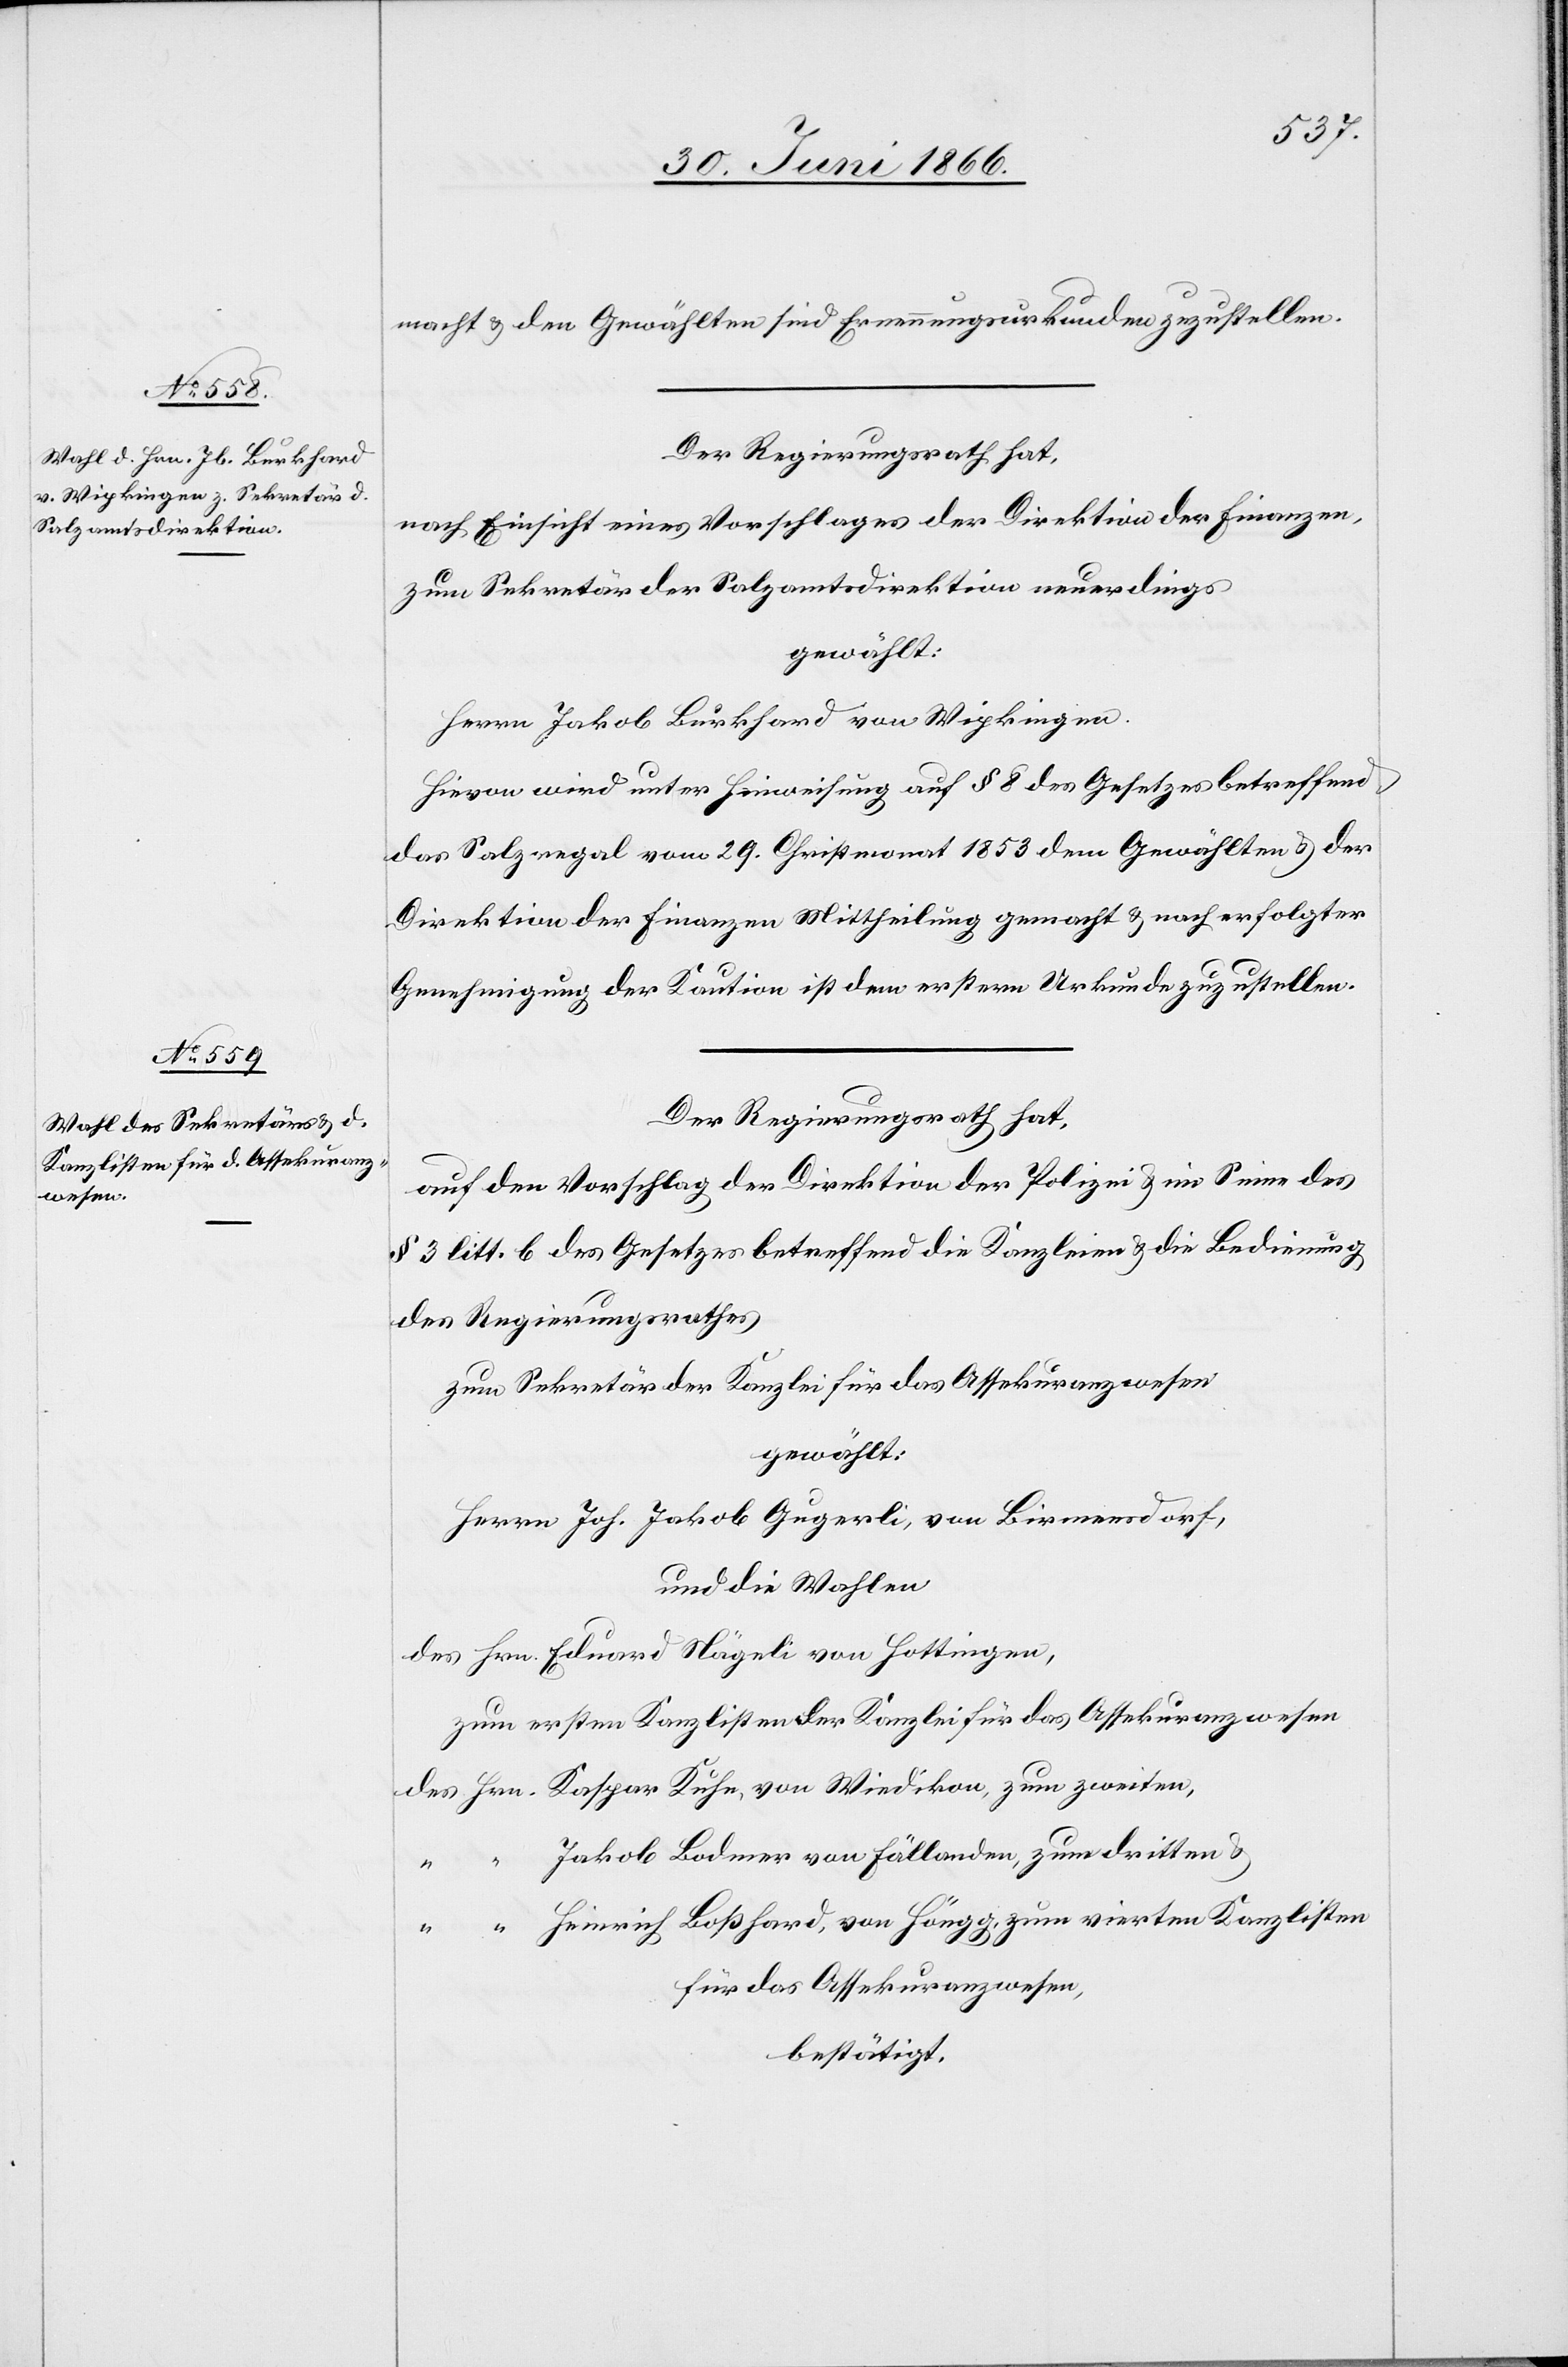
zweiten,

macht u. den Gewählten sind Ernennungsurkunden zuzustellen.
Der Regierungsrath hat,
nach Einsicht eines Vorschlages der Direktion der Finanzen,
zum Sekretär der Salzamtsdirektion neuerdings
gewählt:
Herrn Jakob Burkhard von Wipkingen.
Hievon wird unter Hinweisung auf § 8 des Gesetzes betreffend
das Salzregal vom 29. Christmonat 1853 dem Gewählten u. der
Direktion der Finanzen Mittheilung gemacht u. nach erfolgter
Genehmigung der Kaution ist dem erstern Urkunde zuzustellen.
Der Regierungsrath hat,
auf den Vorschlag der Direktion der Polizei u. im Sinne des
§ 3 litt. b des Gesetzes betreffend die Kanzleien u. die Bedienung
des Regierungsrathes,
zum Sekretär der Kanzlei für das Assekuranzwesen
gewählt:
Herrn Joh. Jakob Gugerli, von Birmensdorf,
und die Wahlen
des Hrn. Eduard Nägeli von Hottingen,
zum ersten Kanzlisten der Kanzlei für das Assekuranzwesen
Jakob Bodmer von Fällanden, zum dritten u.
Heinrich Boßhard, von Höngg zum vierten Kanzlisten
für das Assekuranzwesen,
bestätigt.